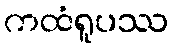
ကထံရူပဿ